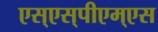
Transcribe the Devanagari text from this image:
एस्‌एस्‌पीएम्‌एस